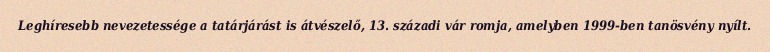
Leghíresebb nevezetessége a tatárjárást is átvészelő, 13. századi vár romja, amelyben 1999-ben tanösvény nyílt.